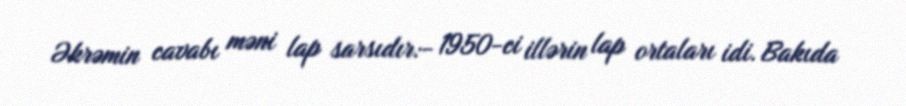
Əkrəmin cavabı məni lap sarsıdır:- 1950-ci illərin lap ortaları idi. Bakıda